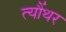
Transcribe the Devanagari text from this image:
त्यौंथर